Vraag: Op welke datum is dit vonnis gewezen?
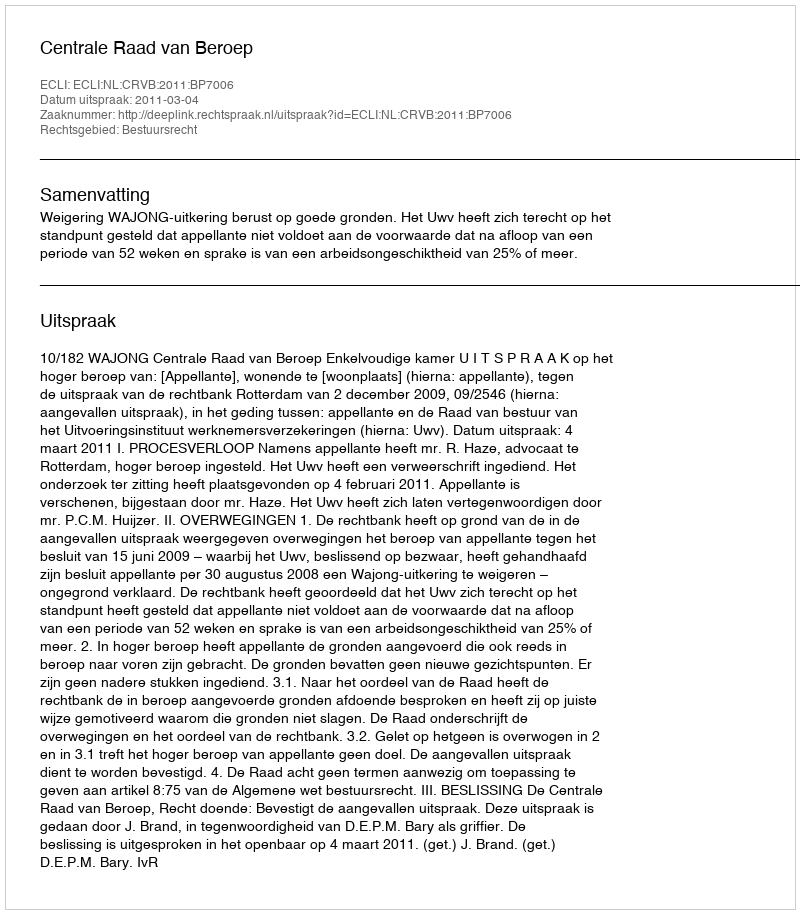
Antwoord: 2011-03-04